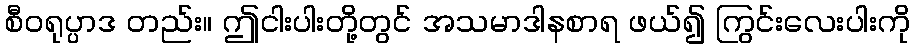
စီဝရုပ္ပာဒ တည်း။ ဤငါးပါးတို့တွင် အသမာဒါနစာရ ဖယ်၍ ကြွင်းလေးပါးကို